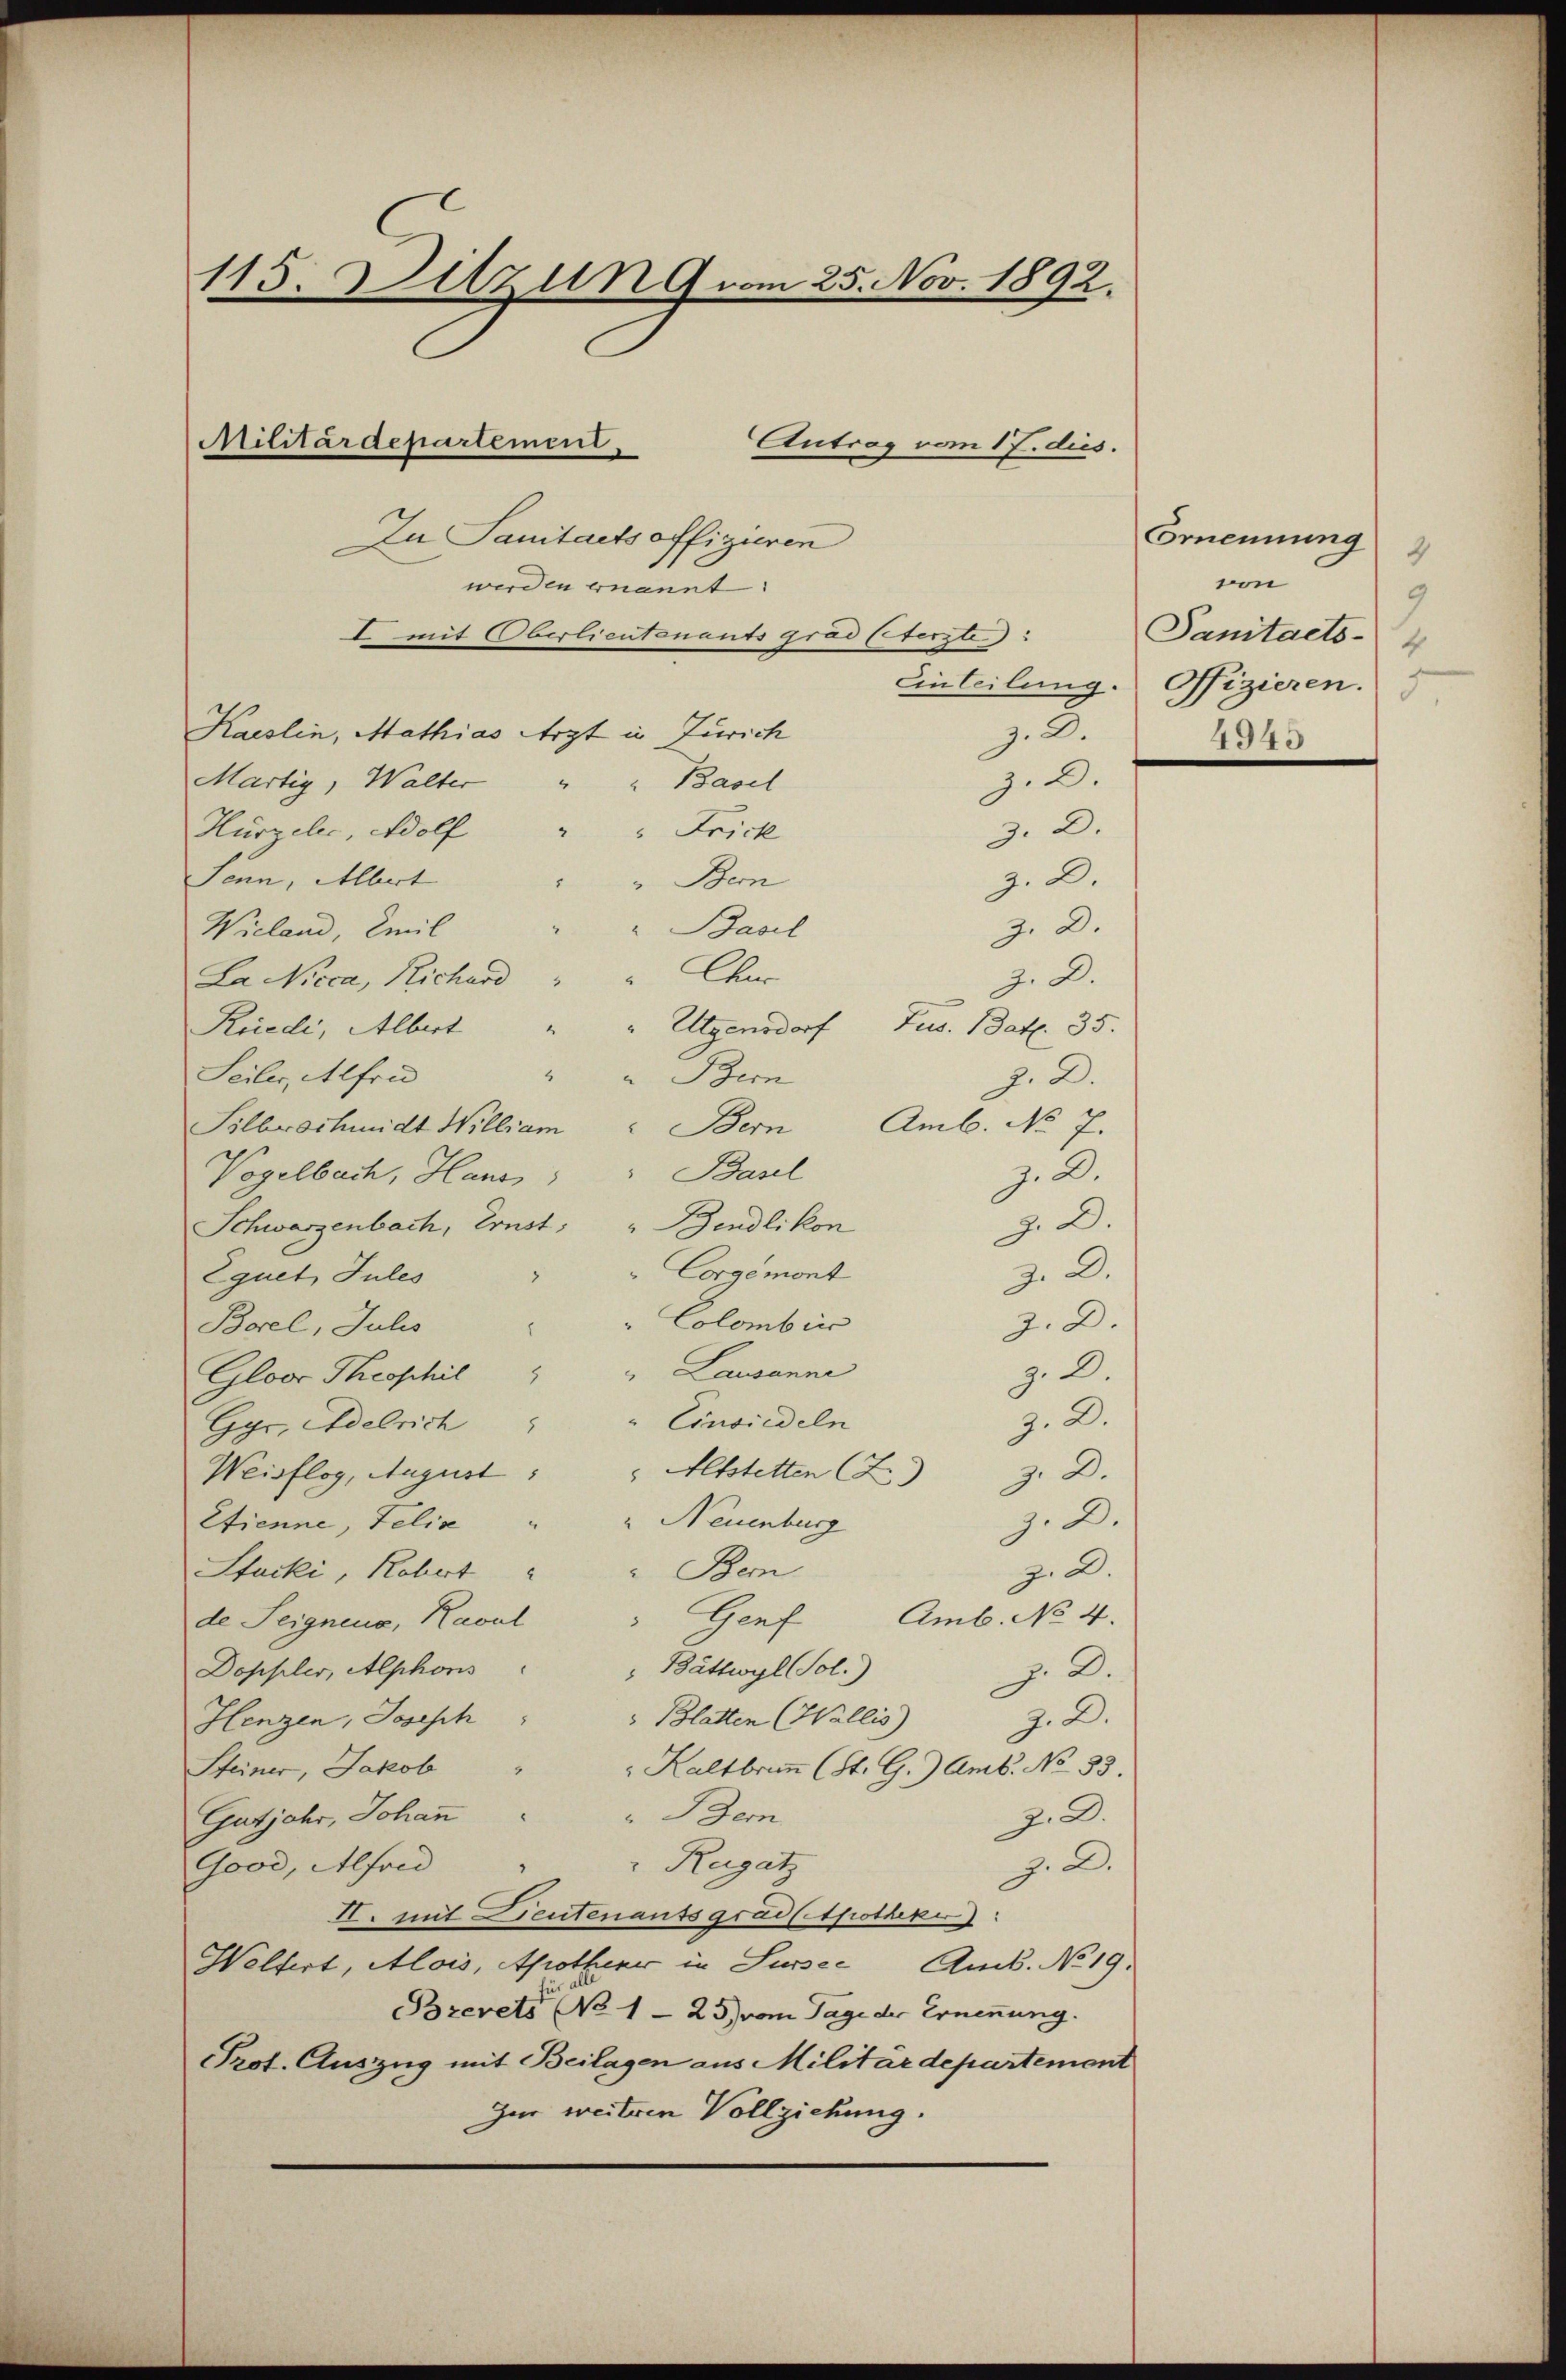
115. Sitzung vom 25. Nov. 1892.
Antrag vom 17. dus.
Militärdepartement.
In Sanitaets offizieren
werden ernannt.

I. mit Oberlieutenants grad sterste
Kaeslin, Mathias Arzt in Zürich
z. 3.
z.2.
Martig, Walter
" " Basel
Hurzeler, Wolf
" " Frick
z. D.
Senn, Albert
J. D.
" Bern
Z. D.
Basel
Wieland, Emil
Z. D.
La Nicca, Richard " " Chur
Rüedi, Albert " " Ulgensdorf Jus. Bat. 35.
Seiler, Alfred
" " Bern
J. D.
Silbeschmidt William " Bern Amb. No. 7.
Vogelbach, Haus " " Basel
z. D.
Schwarzenbach, Ernst: " Bendlikon
Z. D.
Corgemont
Equet, Jules
2. 3.
Colombin
Z. D.
Borel, Julis
" Lausanne
z. 2
Gloor Theophil
z.2.
Gyr, Adelrich " " Einsiedeln
Weisflog, August: " Altstetten (Z. Z. D.
" Neuenburg
Etienne, Felix
J. D.
z. D.
Stucki, Robert " " Bern
de Seignens, Kaval " Genf Amb. No 4.
" Bättwyl Sol.)
Doppler, Alphonis
p. 2.
Henzen, Joseph " " Blatten (Wallis) Z. Z.
" Kaltbrunn (St. G.) Amb. No 33.
Steiner, Jakob
" Bem
Gutjahr, Johann
z.9.
Ragatz
Good, Alfond
z. D.
I. mit Leutenauss grad Apotheker)
Weltert, Alois, Apothen in Sursee Amt. No 19.
alle
Brevets No 1 - 25) vom Tage der Ernennung.
Prot. Auszug mit Beilagen aus Militärdepartement
Zu weitern Vollziehung.

Ernennung
2
von
9
Sanitaets-
Einteilung. Ofizieren.
4945